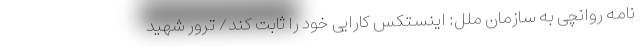
نامه روانچی به سازمان ملل: اینستکس کارایی خود را ثابت کند/ ترور شهید